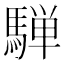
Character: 騨